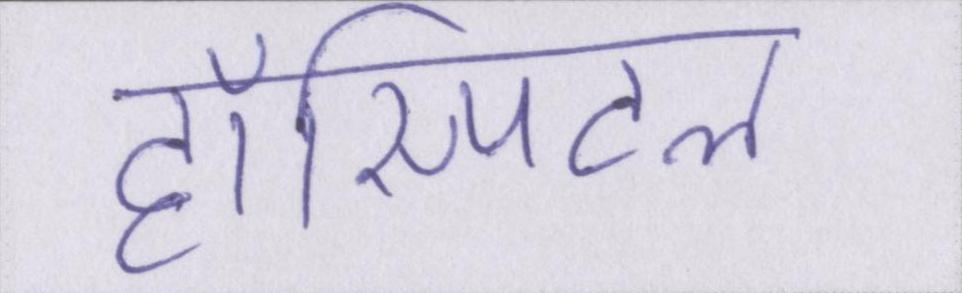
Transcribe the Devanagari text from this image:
हॉस्पिटल